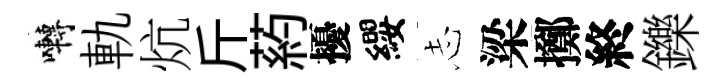
囀軌炕斤葯擾纓𢖽梁擲終鑠